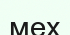
мех